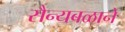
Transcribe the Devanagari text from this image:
सैन्यबळाने